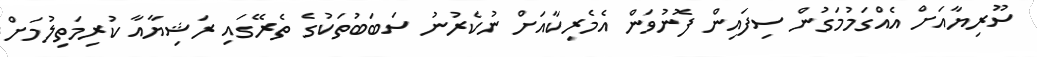
ސޫރިޔާއަށް އެއްގަމުމަގުން ސިފައިން ފޮނުވަން އެމެރިކާއަށް ނުކެރުނު ސަބަބުތަކުގެ ތެރޭގައި ރަޝިޔާއާ ކުރިމަތިލުމަށް